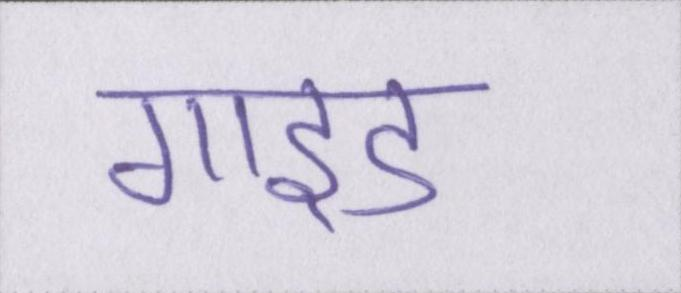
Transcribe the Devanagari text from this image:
गाइड